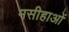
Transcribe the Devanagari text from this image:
मसीहाओं